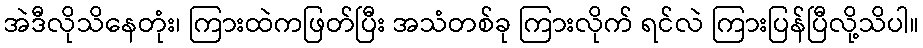
အဲဒီလိုသိနေတုံး၊ ကြားထဲကဖြတ်ပြီး အသံတစ်ခု ကြားလိုက် ရင်လဲ ကြားပြန်ပြီလို့သိပါ။